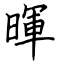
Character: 暉